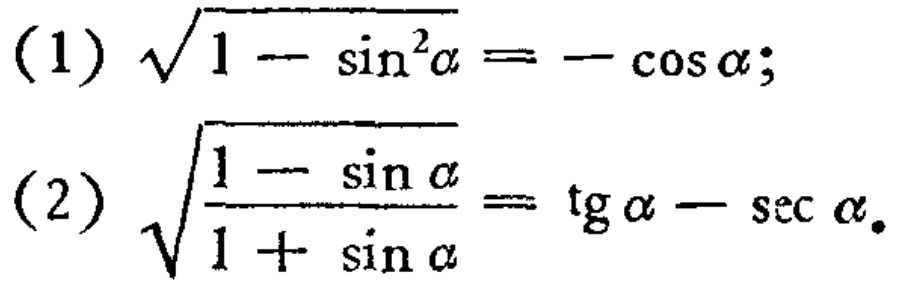
(1) \(\sqrt{1 - \sin^{2}\alpha}=-\cos\alpha\);
(2) \(\sqrt{\frac{1 - \sin\alpha}{1 + \sin\alpha}}=\tg\alpha-\sec\alpha\)